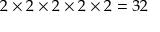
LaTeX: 2 \times 2 \times 2 \times 2 \times 2 = 3 2